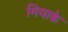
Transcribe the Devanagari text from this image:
मियाके